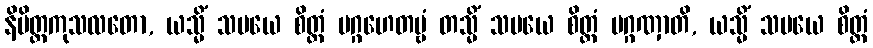
နိမိတ္တကုသလတော, ယသ္မိံ သမယေ စိတ္တံ ပဂ္ဂဟေတဗ္ဗံ တသ္မိံ သမယေ စိတ္တံ ပဂ္ဂဏှာတိ, ယသ္မိံ သမယေ စိတ္တံ